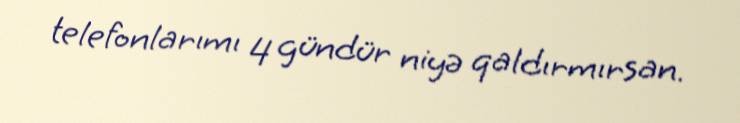
telefonlarımı 4 gündür niyə qaldırmırsan.